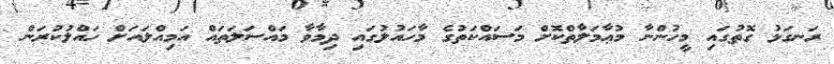
ރަނގަޅު ގޮތުގައި މީހުންނާ މުޢާމަލާތްކޮށް މަސައްކަތުގެ މާހައުލުގައި ދިމާވާ މައްސަލަތައް އަމިއްލައަށް ހައްލުކުރަން